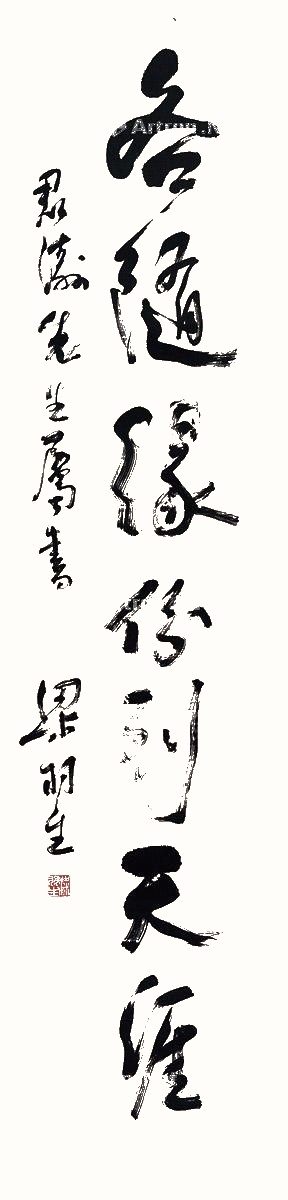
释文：各随缘份到天涯。君涛先生属书，梁羽生。